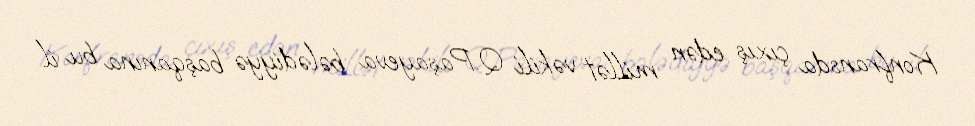
Konfransda çıxış edən millət vəkili Q.Paşayeva bələdiyyə başqanına bu il